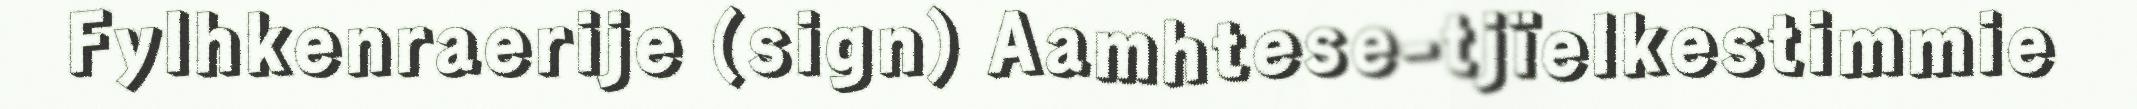
Fylhkenraerije (sign) Aamhtese-tjïelkestimmie